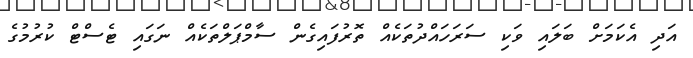
އަދި އެކަމަށް ބަލައި ވަކި ސަރަހައްދުތަކެއް ތޮރުފައިގެން ސާމްޕަލްތަކެއް ނަގައި ޓެސްޓް ކުރުމުގެ